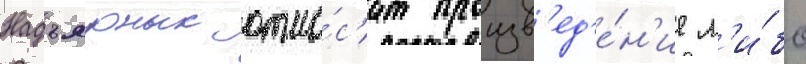
Надъярных отно́с'ит произв'ед'е́н'ие л'и́бо